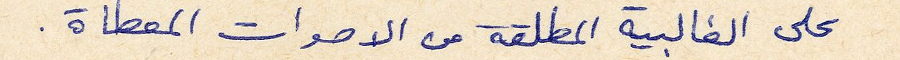
على الغالبية المطلقة من الاصوات المعطاة.